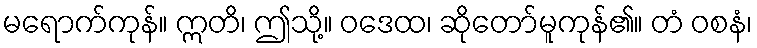
မရောက်ကုန်။ ဣတိ၊ ဤသို့။ ဝဒေထ၊ ဆိုတော်မူကုန်၏။ တံ ဝစနံ၊